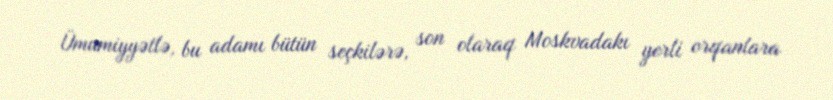
Ümumiyyətlə, bu adamı bütün seçkilərə, son olaraq Moskvadakı yerli orqanlara